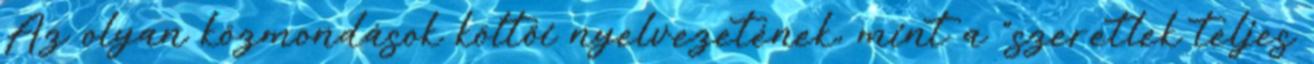
Az olyan közmondások költői nyelvezetének, mint a "szeretlek teljes